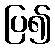
ပြ၍